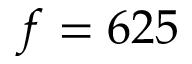
f = 6 2 5